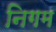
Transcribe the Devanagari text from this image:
निगम